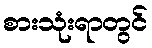
စားသုံးရာတွင်